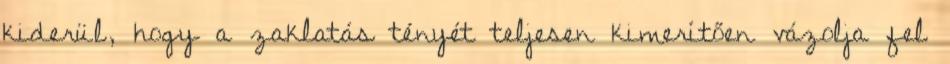
kiderül, hogy a zaklatás tényét teljesen kimerítően vázolja fel